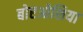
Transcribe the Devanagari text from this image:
बोएओशिया